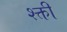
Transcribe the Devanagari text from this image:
श्क्ती